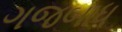
ગજબાધ